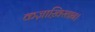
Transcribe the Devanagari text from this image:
कज़ाख़िस्तान।